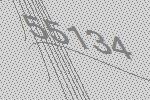
55134